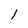
Character: 1